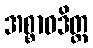
အစ္စာဝဒိတ္ထ